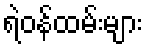
ရဲဝန်ထမ်းများ